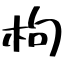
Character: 枸